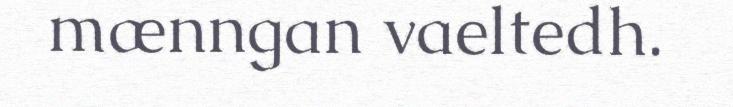
mænngan vaeltedh.